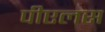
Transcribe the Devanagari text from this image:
पीएलस